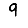
Digit: 9